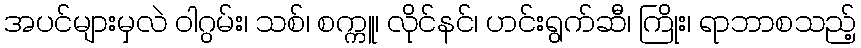
အပင်များမှလဲ ဝါဂွမ်း၊ သစ်၊ စက္ကူ၊ လိုင်နင်၊ ဟင်းရွက်ဆီ၊ ကြိုး၊ ရာဘာစသည့်